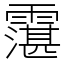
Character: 霮